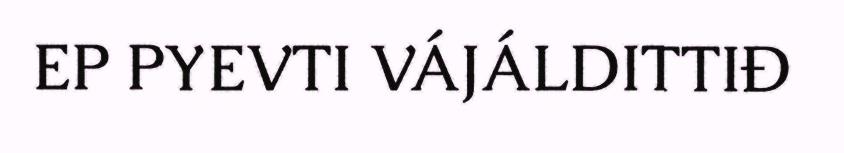
EP PYEVTI VÁJÁLDITTIĐ